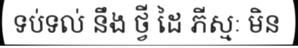
ទប់ទល់ នឹង ថ្វី ដៃ ភីស្មៈ មិន